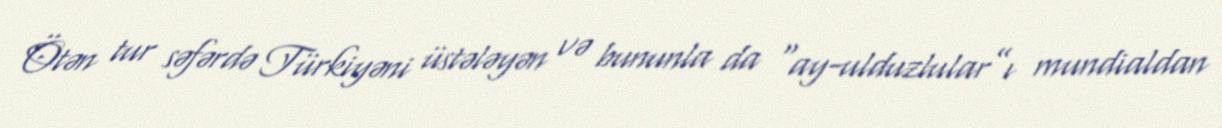
Ötən tur səfərdə Türkiyəni üstələyən və bununla da “ay-ulduzlular”ı mundialdan